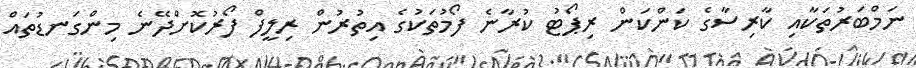
ނަމްބަރުތަކާއި ކާރިސާގެ ކަންކަން ރިޕޯޓު ކުރާނެ ފޯމުތަކުގެ އިތުރުން ރިލީފް ފޯރުކޮށްދޭނެ މިންގަނޑުތައް